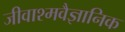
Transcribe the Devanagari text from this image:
जीवाश्मवैज्ञानिक